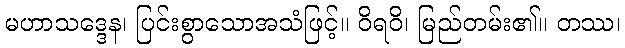
မဟာသဒ္ဒေန၊ ပြင်းစွာသောအသံဖြင့်။ ဝိရဝိ၊ မြည်တမ်း၏။ တဿ၊